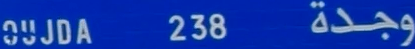
وجدة 238 00